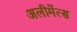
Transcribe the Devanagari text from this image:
अलीमेंत्स